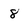
Character: 8